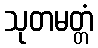
သုတမတ္တံ